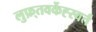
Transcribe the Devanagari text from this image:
लुफ़्तवर्केह्स्वर्त